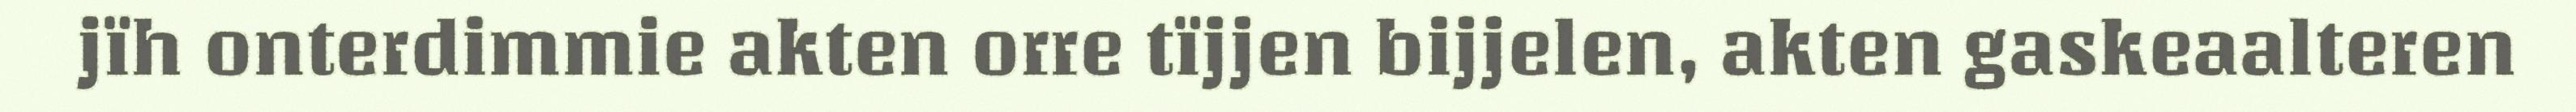
jïh onterdimmie akten orre tïjjen bijjelen, akten gaskeaalteren